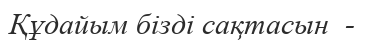
Құдайым бізді сақтасын  -